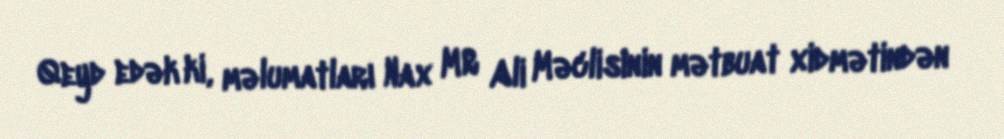
Qeyd edək ki, məlumatları Nax MR Ali Məclisinin mətbuat xidmətindən